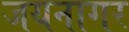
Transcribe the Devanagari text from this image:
जयनागर